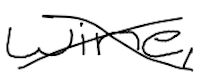
Text: wine,
Cross-out: cross
Writing tool: digital_black